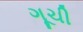
ગૂચી